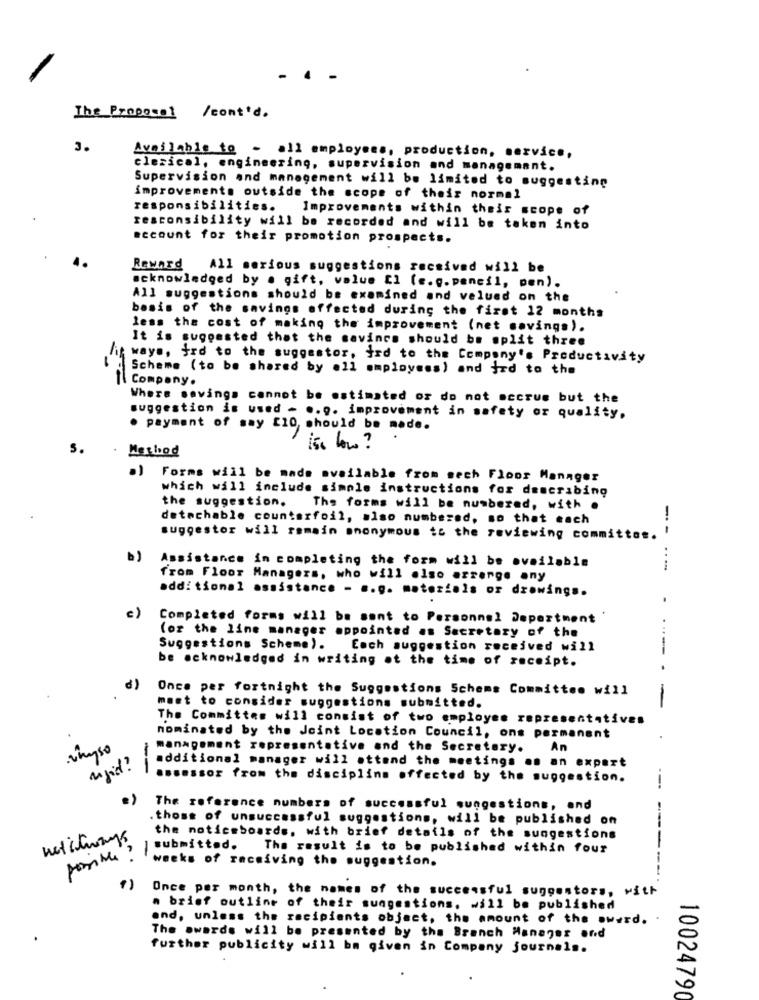
The Proposal /cont'd.
3.
Available to - all employees, production, service,
clerical, engineering, supervision and management.
Supervision and management will be limited to suggesting
improvements outside the scope of their normal
responsibilities. Improvements within their scope of
responsibility will be recorded and will be taken into
account for their promotion prospects.
Reward All serious suggestions received will be
acknowledged by . gift, value [1 (e.g. pencil, pen).
All suggestions should be examined and velued on the
basis of the savings affected during the first 12 months
less the cost of making the improvement (net savings).
It is suggested that the savings should be split three
it ways, fre to the suggestor, frd to the Company's Productivity
Scheme (to be shared by all employees) and jad to the
1. Company.
Where savings cannot be estimated or do not accrue but the
suggestion is used - .. g. improvement in safety or quality.
. payment of say £10, should be made.
5.
Method
ise low ?
Forms will be made available from sech Floor Manager
which will include simple instructions for describing
the suggestion.
The forms will be numbered, with .
detachable counterfoil, also numbered, so that each
suggestor will remain anonymous to the reviewing committos.
---
b)
Assistance in completing the form will be available
from Floor Managers, who will also azrenge any
additional assistance - s.g. materiais or drawings.
.
c)
Completed forms will be sent to Personnel Department
for the line manager appointed as Secretary of the
..
Suggestions Scheme).
Each suggestion received will
-
be acknowledged in writing at the time of receipt.
Once per fortnight the Suggestions Schems Committee will
-
maet to consider suggestions submitted.
The Committee will consist of two employee representative
nominated by the Joint Location Council, ons permanent
.whyso
management representative and the Secretary.
An
additional manager will attend the meetings on an expert
--
assessor from the discipline offected by the suggestion.
---
The reference numbers of successful sungestions, and
. those of unsuccessful suggestions, will be published on
the noticeboards, with brief details of the sungestions
1
submitted.
The result is to be published within four
-
weeks of receiving the suggestion.
Once per month, the names of the successful suggestors, with
a brief outline of their suggestions. will be published
and, unless the recipients object, the amount of the award.
The awards will be presented by the Branch Manager and
further publicity will bm given in Company journals.
10024790